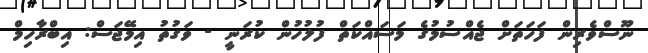
ނޫސްވެރިން ފަހަތަށް ޖެއްސުމުގެ މަސައްކަތް ފުލުހުން ކުރަނީ - ވަގުތު އިމޭޖަސް: އިބްރާހިމް